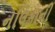
નલિકાની